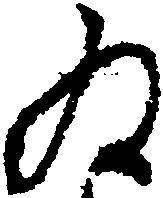
為